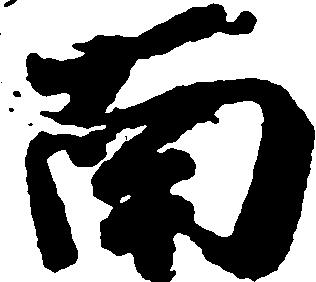
南